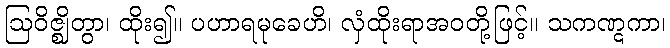
ဩဝိဇ္ဈိတွာ၊ ထိုး၍။ ပဟာရမုခေဟိ၊ လှံထိုးရာအဝတို့ဖြင့်။ သကဏ္ဋကာ၊